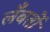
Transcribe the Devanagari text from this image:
लँबर्तो